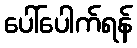
ပေါ်ပေါက်ရန်